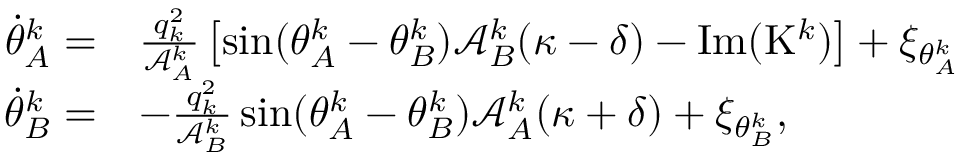
\begin{array} { r l } { \! \! \dot { \theta } _ { A } ^ { k } = } & { \frac { q _ { k } ^ { 2 } } { \mathcal { A } _ { A } ^ { k } } \left[ \sin ( \theta _ { A } ^ { k } - \theta _ { B } ^ { k } ) \mathcal { A } _ { B } ^ { k } ( \kappa - \delta ) - \mathrm { I m } ( \mathrm { K } ^ { k } ) \right] + \xi _ { \theta _ { A } ^ { k } } } \\ { \! \! \dot { \theta } _ { B } ^ { k } = } & { - \frac { q _ { k } ^ { 2 } } { \mathcal { A } _ { B } ^ { k } } \sin ( \theta _ { A } ^ { k } - \theta _ { B } ^ { k } ) { \mathcal { A } _ { A } ^ { k } ( \kappa + \delta ) } + \xi _ { \theta _ { B } ^ { k } } , } \end{array}